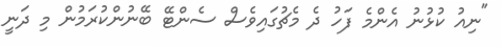
"ނިއު ކުޅުނު އެންމެ ފަހު ދެ މެޗުގައިވެސް ސެންޓޭ ބޭނުންކުރަމުން މި ދަނީ